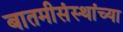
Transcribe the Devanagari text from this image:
बातमीसंस्थांच्या